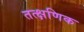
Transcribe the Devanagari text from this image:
तत्क्षणिक